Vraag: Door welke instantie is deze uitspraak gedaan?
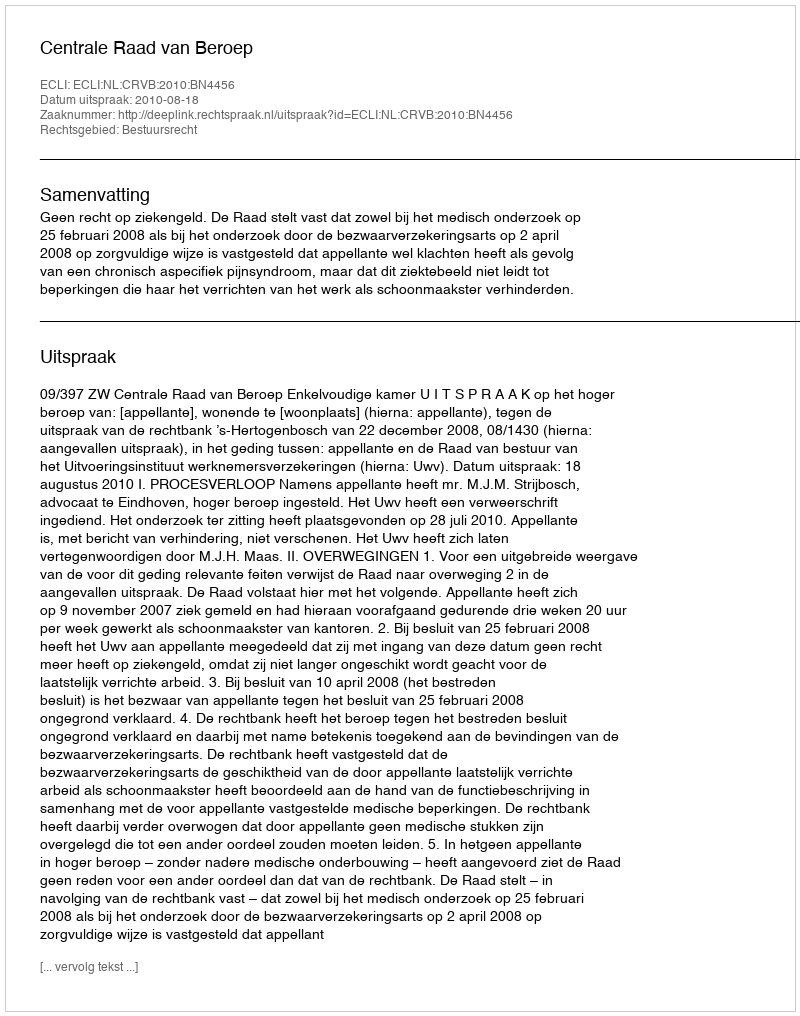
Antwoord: Centrale Raad van Beroep